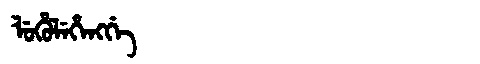
Manchu: ᠯᡠᡥᡠᠯᡝᡥᡝᠩᡤᡝ
Romanization: LUHULEHENGGE